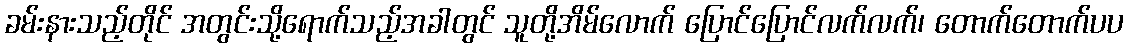
ခမ်းနားသည့်တိုင် အတွင်းသို့ရောက်သည့်အခါတွင် သူတို့အိမ်လောက် ပြောင်ပြောင်လက်လက်၊ တောက်တောက်ပပ